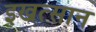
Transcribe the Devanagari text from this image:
इखत्सान